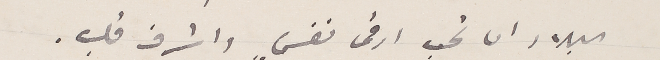
البلاد ان تحب ارقى نفسٍ واشرف قلب.